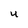
Character: u